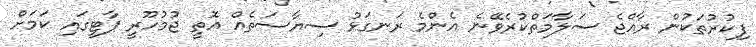
ފިކުރުތަކުން ރާއްޖެ ސަލާމަތްކުރެވޭނެ އެންމެ ރަނގަޅު ސިޔާސަތެއް އޮތީ ޖުމުހޫރީ ޕާޓީގައި ކަމަށް